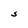
Character: S